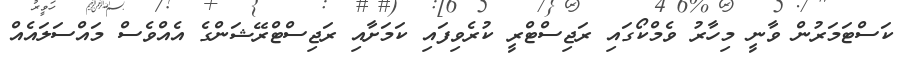
ކަސްޓަމަރުން ވާނީ މިހާރު ވެމްކޯގައި ރަޖިސްޓްރީ ކުރެވިފައި ކަމަށާއި ރަޖިސްޓްރޭޝަންގެ އެއްވެސް މައްސަލައެއް